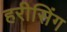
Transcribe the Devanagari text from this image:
हरीसिंग